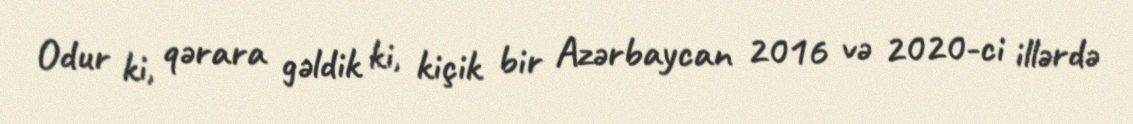
Odur ki, qərara gəldik ki, kiçik bir Azərbaycan 2016 və 2020-ci illərdə